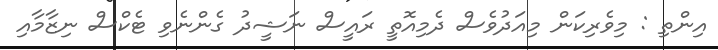
އިންތި : މިވެރިކަން މިއަދުވެސް ދެމިއޮތީ ރައީސް ނަޝީދު ގެންނެވި ޓެކްސް ނިޒާމާއި